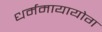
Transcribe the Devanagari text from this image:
धर्ममायायोग